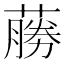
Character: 蕂